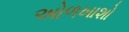
અોળખાશો